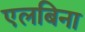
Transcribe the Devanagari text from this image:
एलबिना